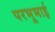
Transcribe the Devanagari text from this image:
परभूभाई